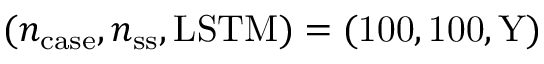
( n _ { \mathrm { c a s e } } , n _ { \mathrm { s s } } , \mathrm { { L S T M } ) = ( 1 0 0 , 1 0 0 , Y ) }